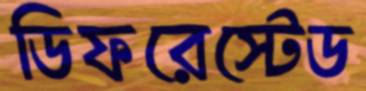
ডিফরেস্টেড